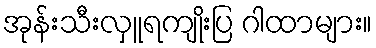
အုန်းသီးလှူရကျိုးပြ ဂါထာများ။